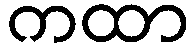
ကထာ